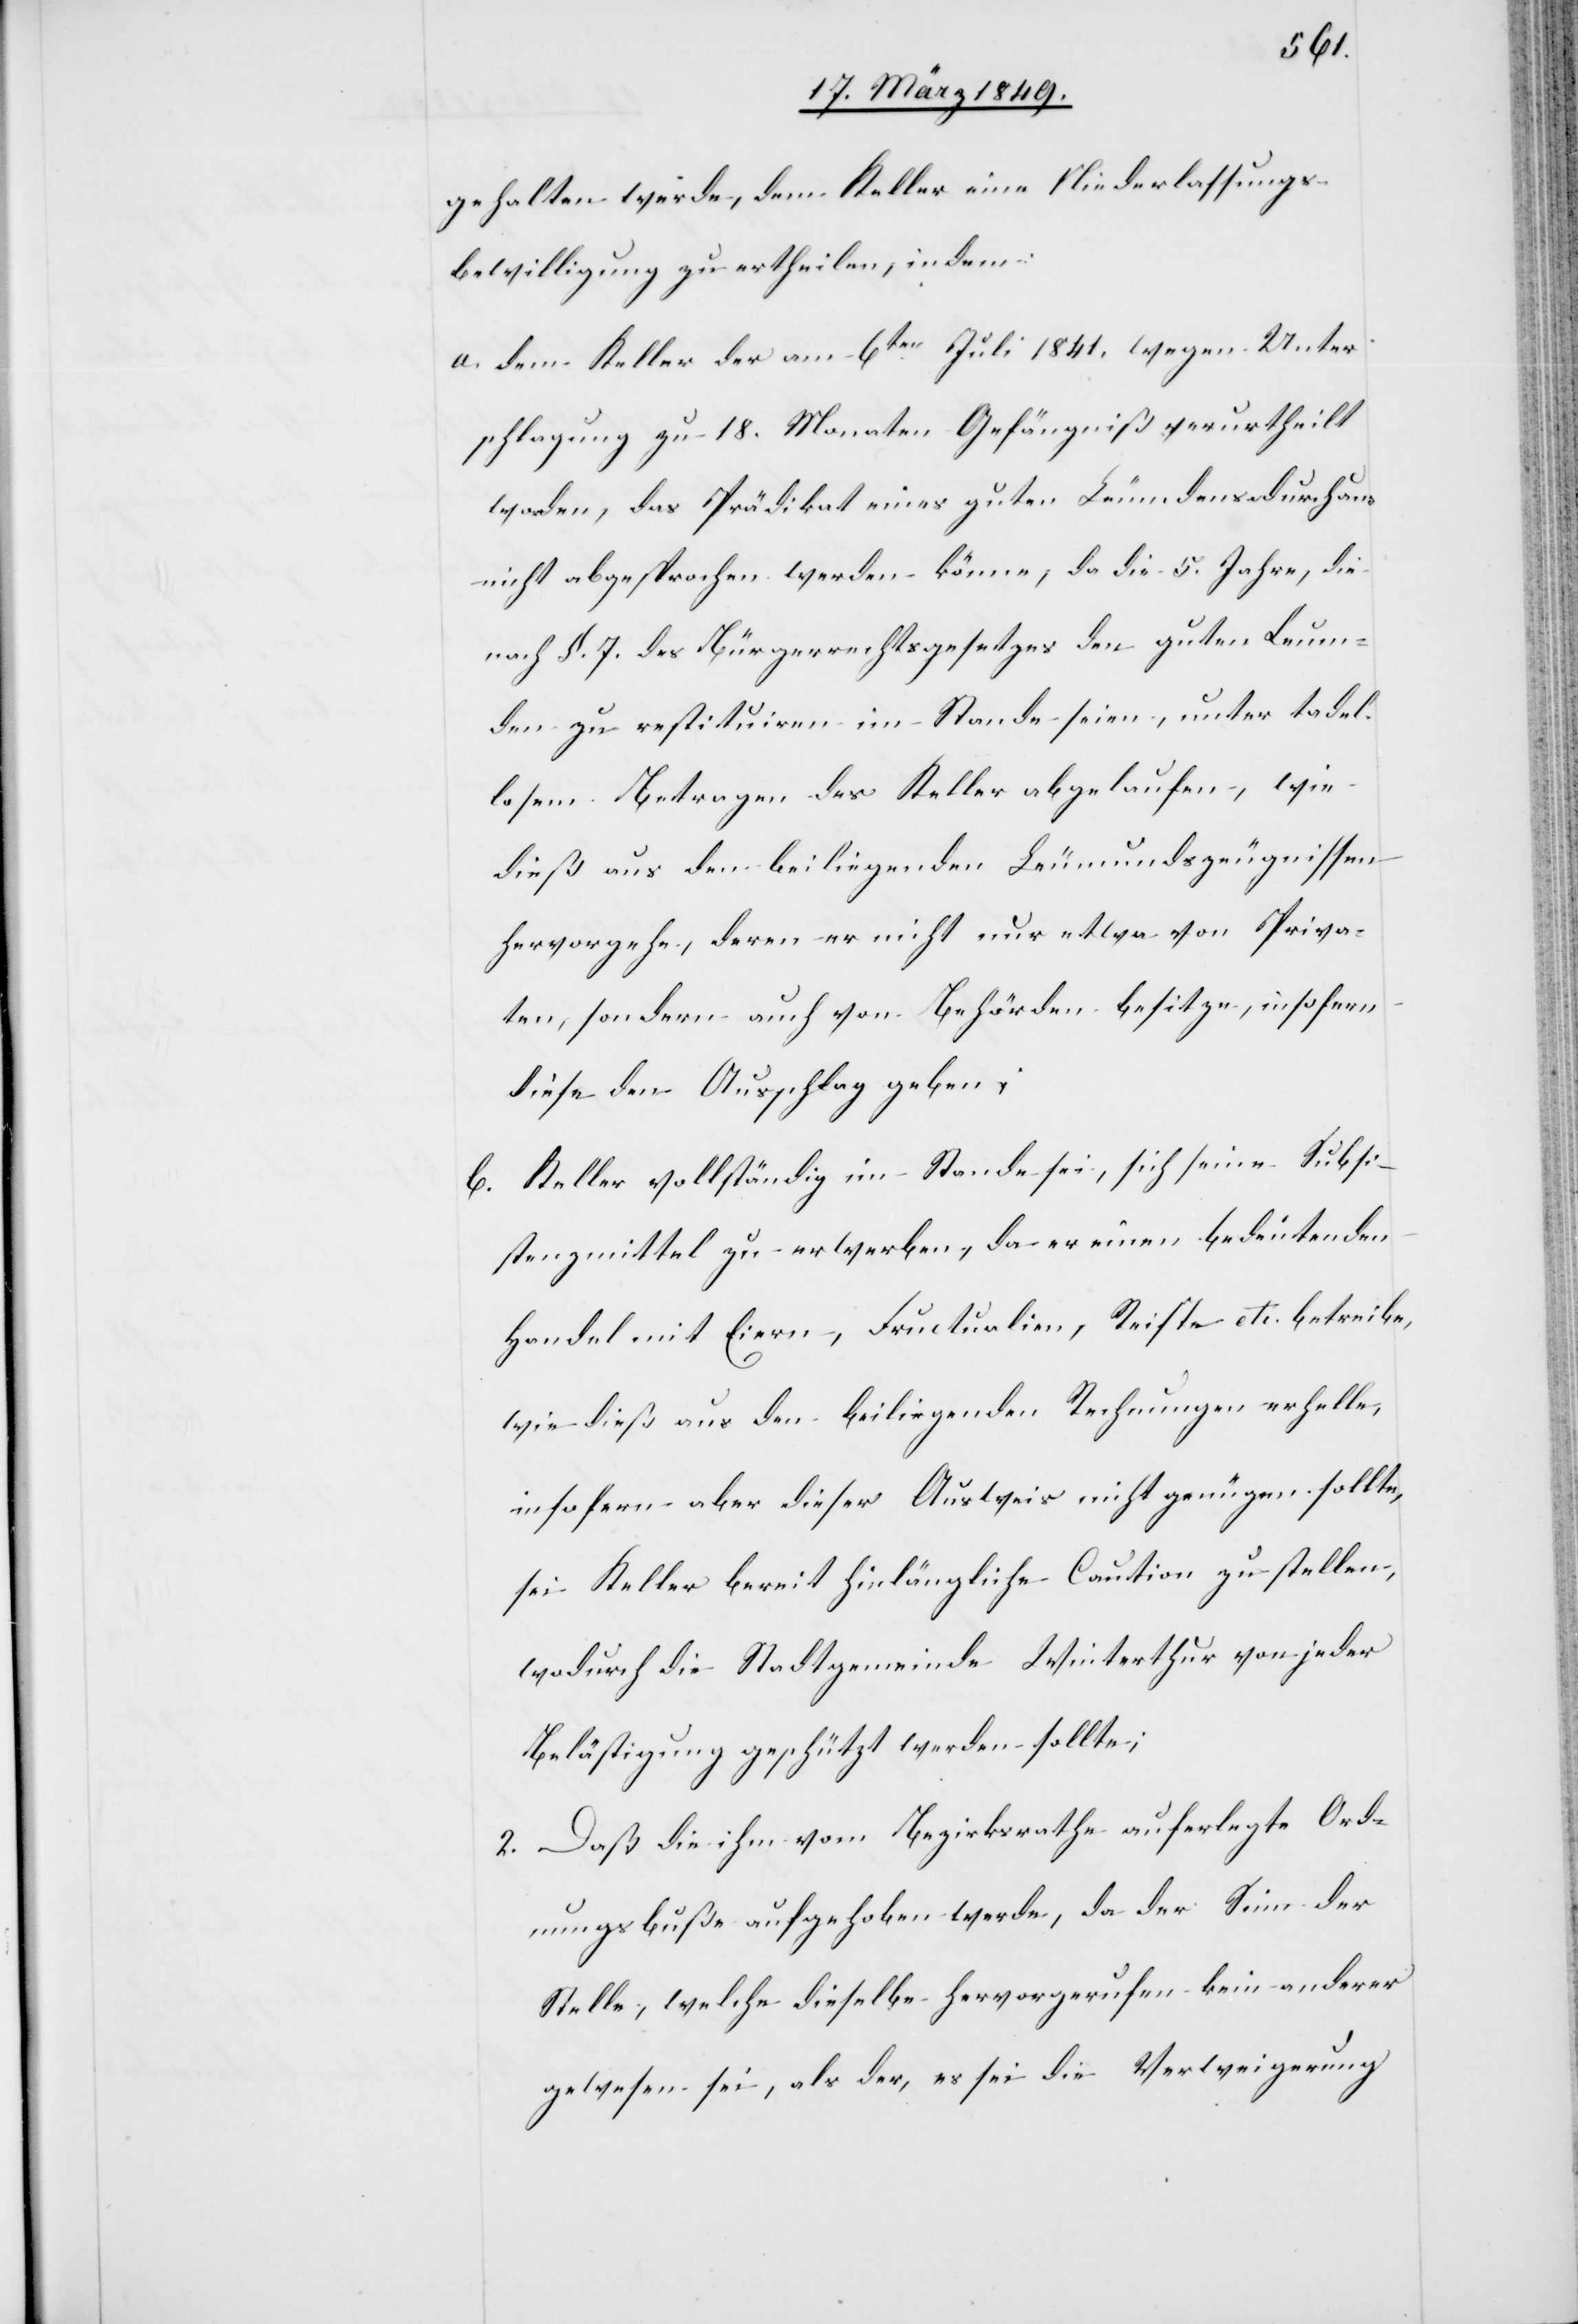
gehalten werde, dem Keller eine Niederlassungs¬
bewilligung zu ertheilen, indem:
a. dem Keller der am 6ten. Juli 1841. wegen Unter¬
schlagung zu 18. Monaten Gefängniß verurtheilt
worden, das Prädikat eines guten Leumdens durchaus
nicht abgesprochen werden könne, da die 5. Jahre, die
nach §. 7. des Bürgerrechtsgesetzes den guten Leum¬
den zu restituiren im Stande seien, unter tadel¬
losem Betragen des Keller abgelaufen, wie
dieß aus den beiliegenden Leumundszeugnissen
hervorgehe, deren er nicht nur etwa von Priva¬
ten, sondern auch von Behörden besitze, insofern
diese den Ausschlag geben;
b. Keller vollständig im Stande sei, sich seine Subsi¬
stenzmittel zu erwerben, da er einen bedeutenden
Handel mit Eiern, Fructualien, Reiste etc. betreibe,
wie dieß aus den beiliegenden Rechnungen erhelle,
insofern aber dieser Ausweis nicht genügen sollte,
sei Keller bereit hinlängliche Caution zu stellen,
wodurch die Stadtgemeinde Winterthur von jeder
Belästigung geschützt werden sollte;
2. Daß die ihm vom Bezirksrathe auferlegte Ord¬
nungsbuße aufgehoben werde, da der Sinn der
Stelle, welche diese hervorgerufen kein anderer
gewesen sei, als der, es sei die Verweigerung